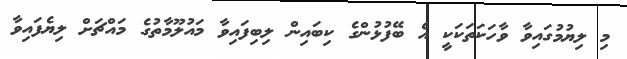
މި ލިޔުމުގައިވާ ވާހަކަތަކަކީ އެ ބޭފުޅުންގެ ކިބައިން ލިބިފައިވާ މައުލޫމާތުގެ މައްޗަށް ލިޔެފައިވާ